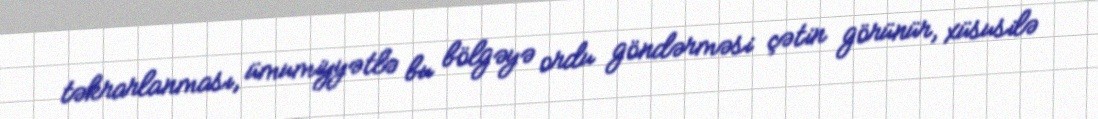
təkrarlanması, ümumiyyətlə bu bölgəyə ordu göndərməsi çətin görünür, xüsusilə